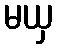
မယှ